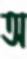
অ